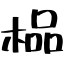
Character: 榀